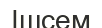
Ішсем